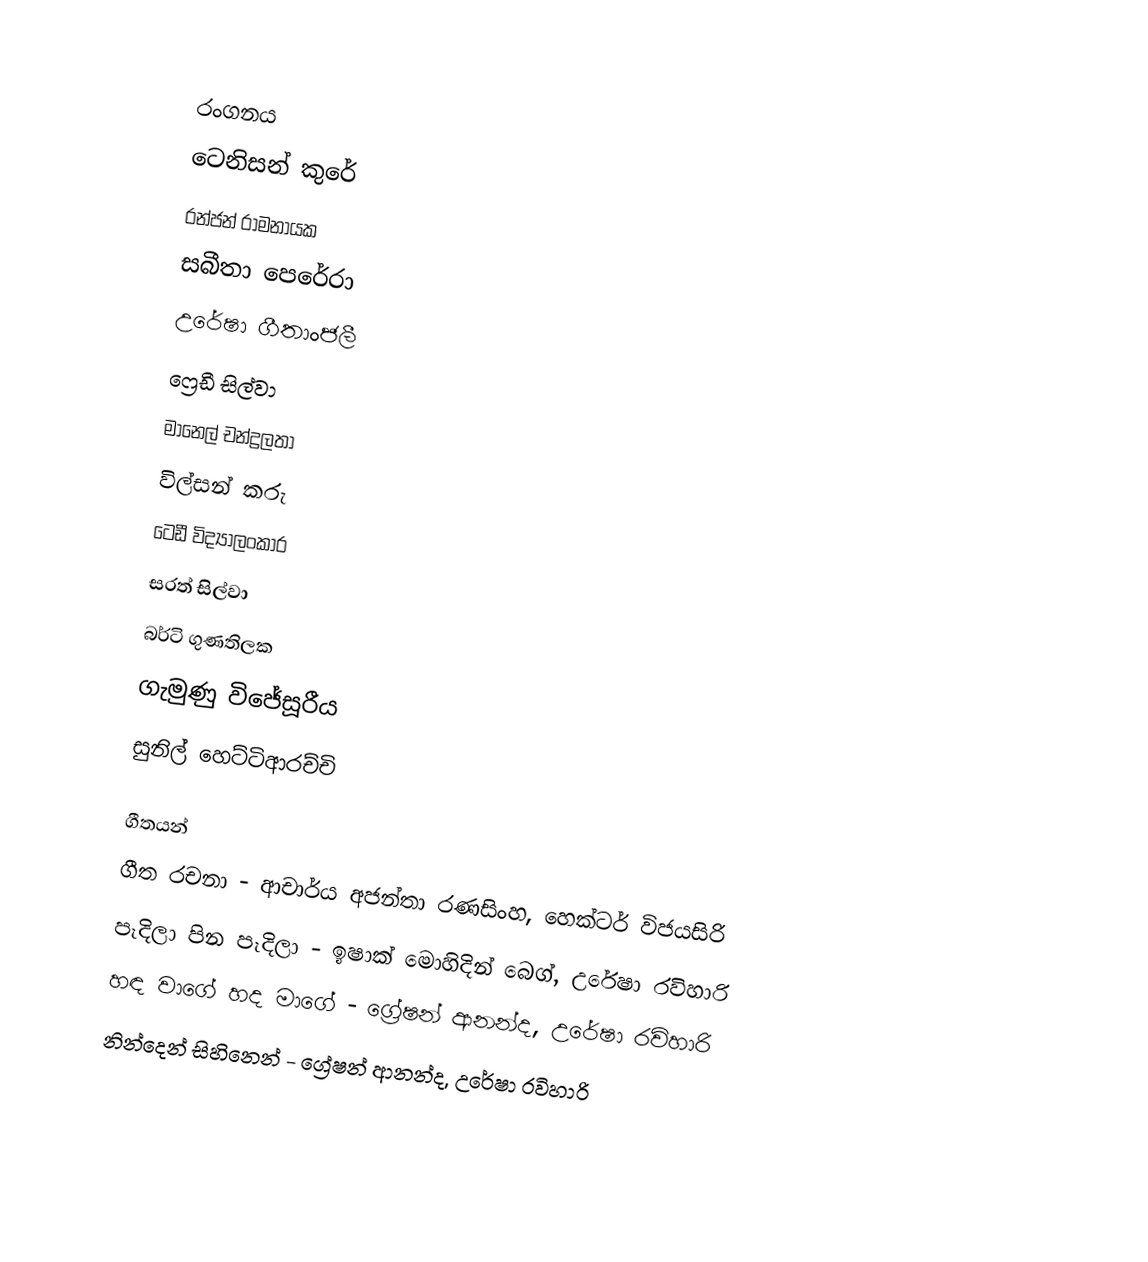

රංගනය
ටෙනිසන් කුරේ
රන්ජන් රාමනායක
සබීතා පෙරේරා
උරේෂා ගීතාංජලී
ෆ්‍රෙඩී සිල්වා
මානෙල් චන්ද්‍රලතා
විල්සන් කරු
ටෙඩී විද්‍යාලංකාර
සරත් සිල්වා
බර්ටි ගුණතිලක
ගැමුණු විජේසූරීය
සුනිල් හෙට්ටිආරච්චි

ගීතයන්
ගීත රචනා - ආචාර්ය අජන්තා රණසිංහ, හෙක්ටර් විජයසිරි
පෑදිලා පින පෑදිලා - ඉෂාක් මොහිදින් බෙග්, උරේෂා රවිහාරි
හඳ වාගේ හද මාගේ - ග්‍රේෂන් ආනන්ද, උරේෂා රවිහාරි
නින්දෙන් සිහිනෙන් - ග්‍රේෂන් ආනන්ද, උරේෂා රවිහාරි